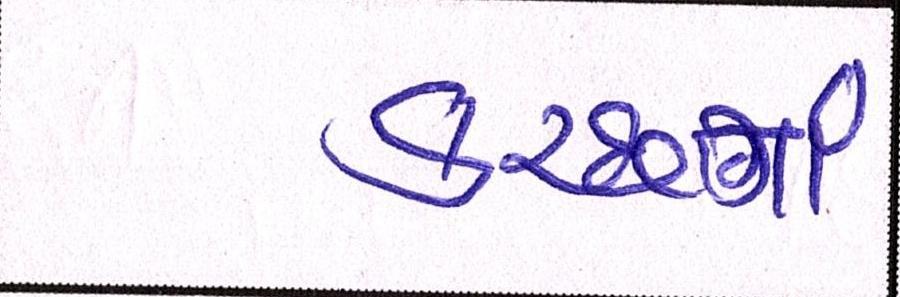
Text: કચ્છનાં